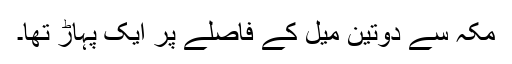
مکہ سے دوتین میل کے فاصلے پر ایک پہاڑ تھا۔